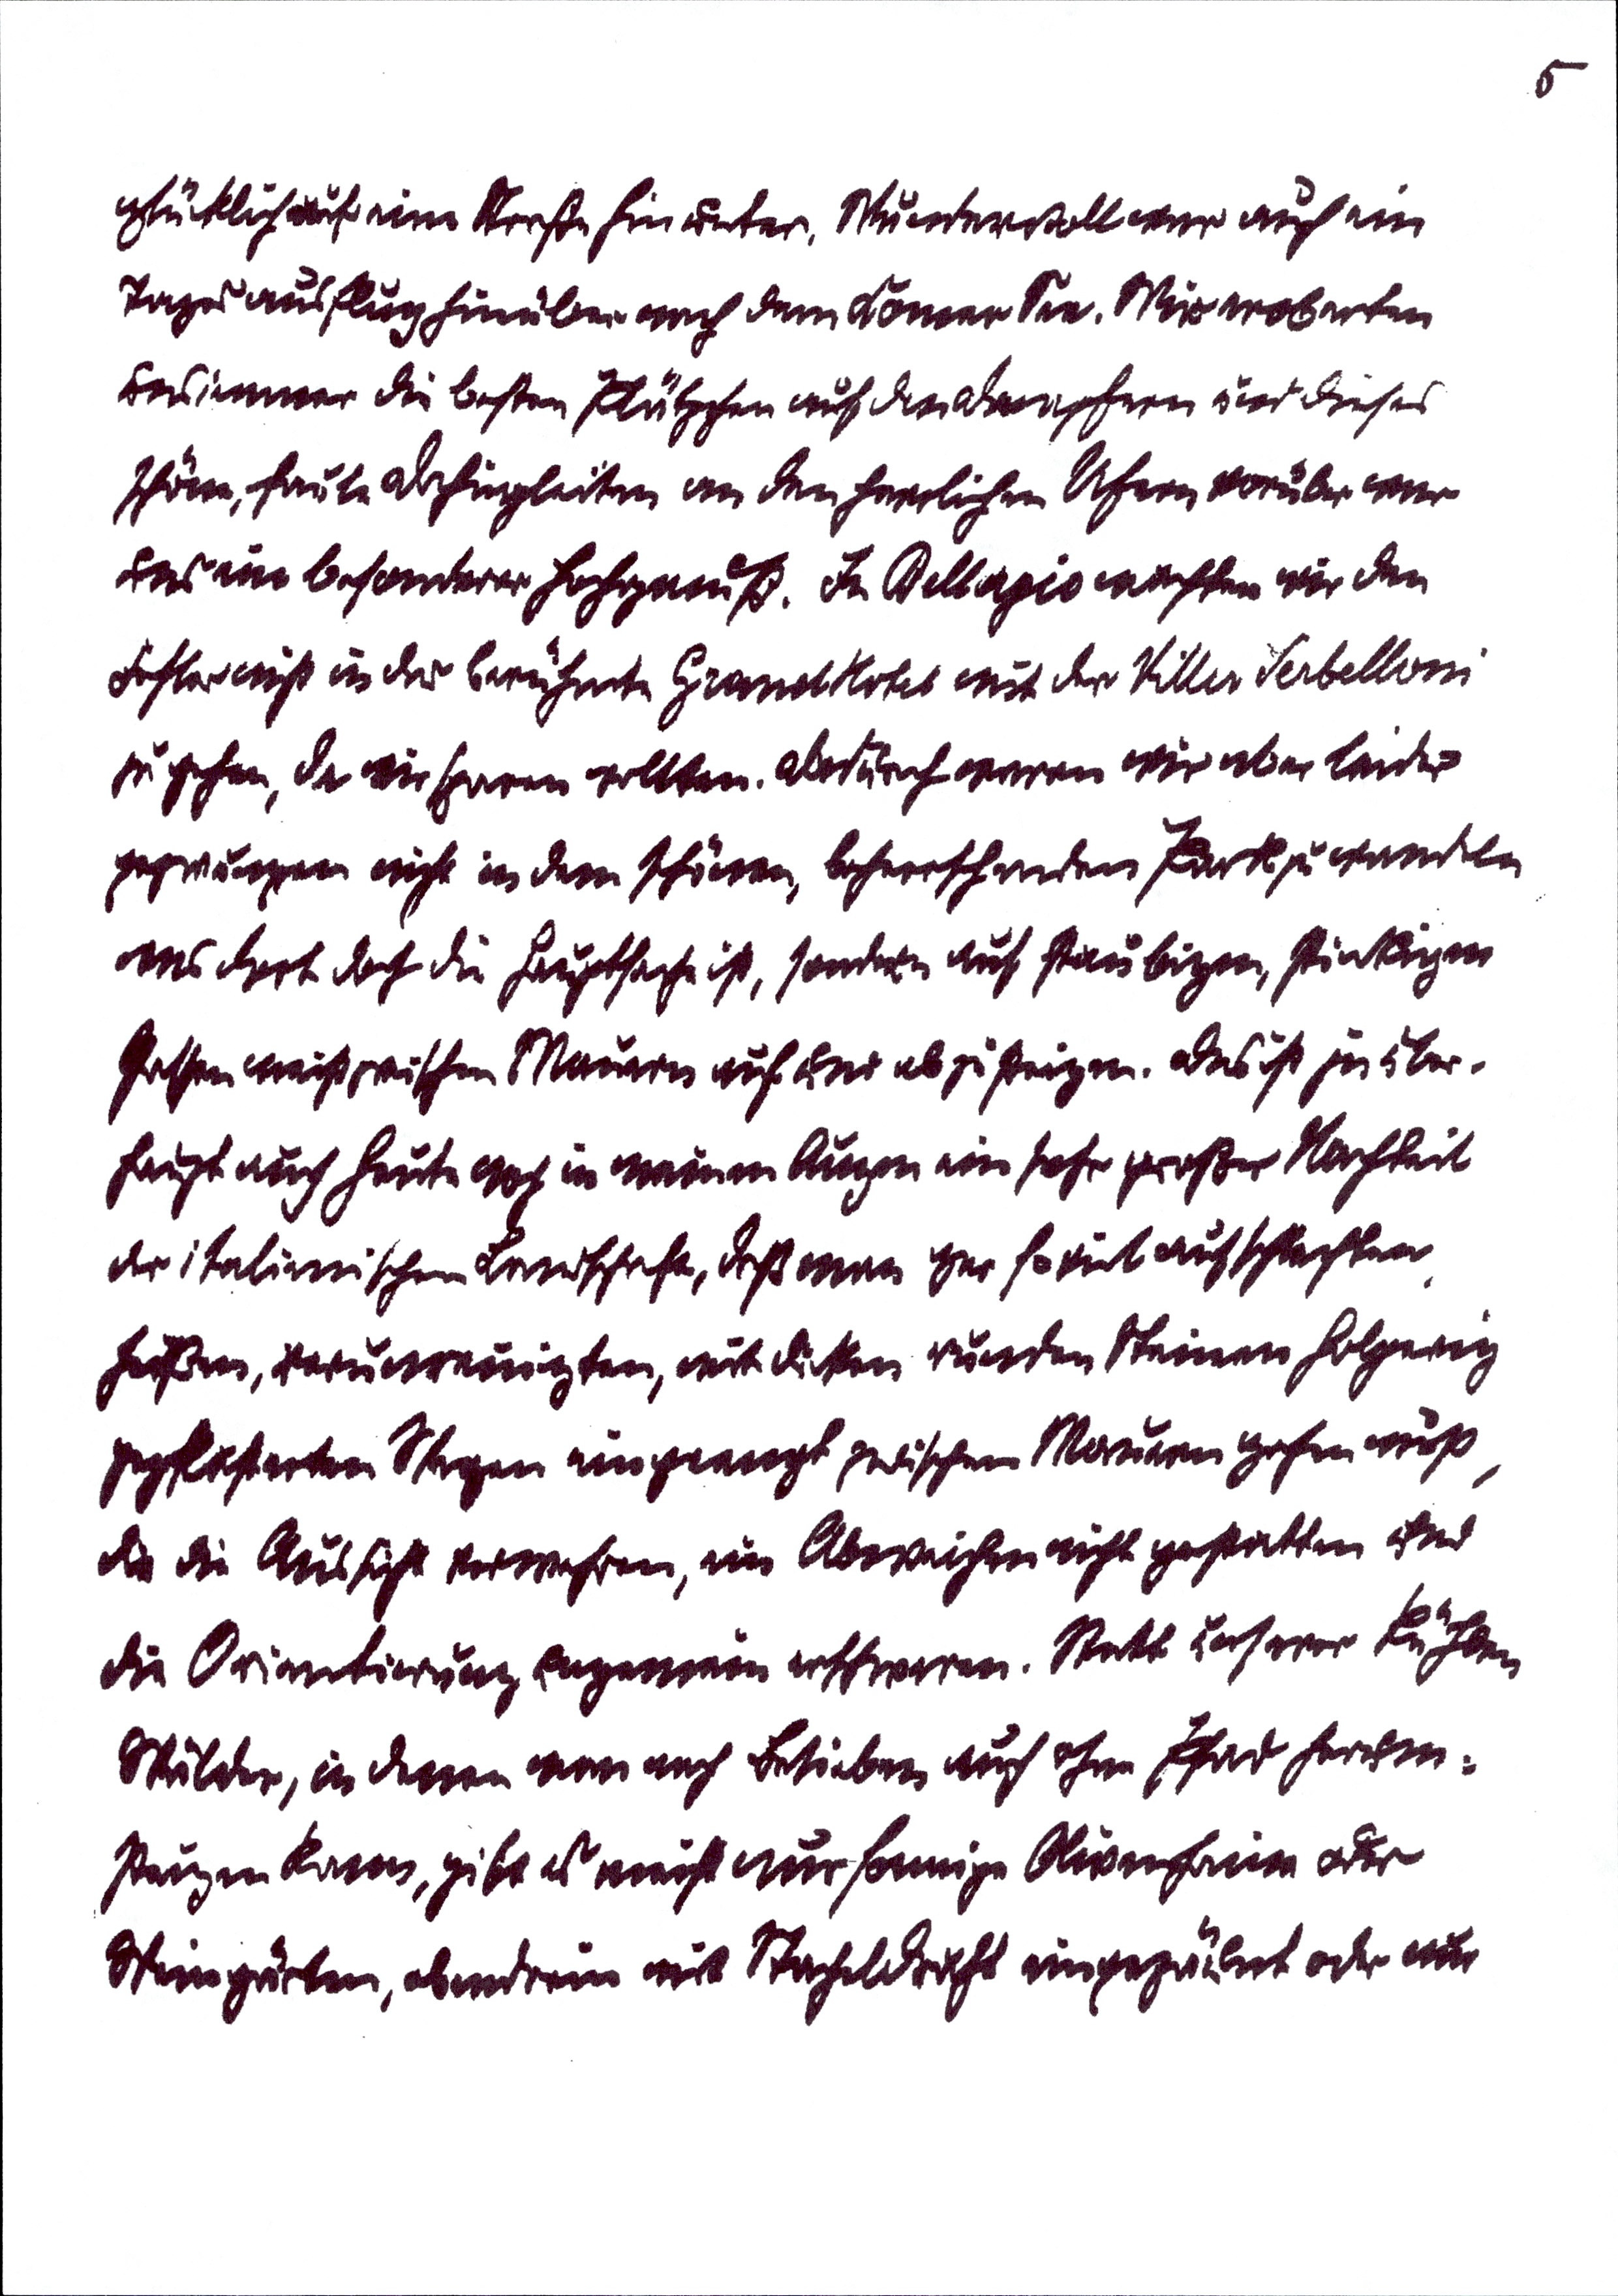
5
glücklich auf eine Straße hinunter. Wundervoll war auch ein
Tagesausflug hinüber nach dem Comer See. Wir eroberten
uns immer die besten Plätzchen auf den Dampfern und dieses
schöne, faule Dahingleiten an den herrlichen Ufern vorüber war
uns ein besonderer Hochgenuß. In Bellagio machten wir den
Fehler nicht in das berühmte Grandhotel auf der Villa Serbelloni
zu gehen, da wir sparen wollten. Dadurch waren wir aber leider
gezwungen nicht in dem schönen, beherrschenden Park zu wandln
was dort doch die Hauptsache ist, sondern auf staubigen, stinkigen
Gassen meist zwischen Mauern auf und abzusteigen. Das ist ja über¬
haupt auch heute noch in meinen Augen ein sehr großer Nachteil
der italiensichen Landschaft, daß man gar soviel auf schlechten,
heißen, verunreinigten, mit dicken runden Steinen holprig
gepflasterten Wegen eingeengt zwischen Mauern gehen muß,
die die Aussicht verwehren, ein Abweichen nicht gestatten und
die Orientierung ungemein erschweren. Statt unserer kühlen
Wälder, in denen man nach Belieben auch ohne Pfad herum¬
steigen kann, gibt es meist nur sonnige Olivenhaine oder
Weingärten, obendrein mit Stacheldraht eingezäunt oder nur